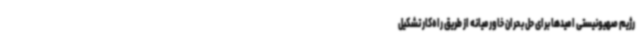
رژیم صهیونیستی امیدها برای حل بحران خاورمیانه از طریق راه‌کار تشکیل